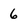
Character: 6